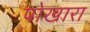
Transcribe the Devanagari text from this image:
पोखारा